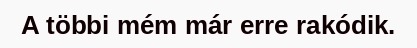
A többi mém már erre rakódik.